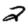
Digit: 2